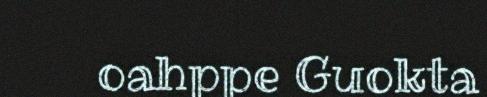
oahppe Guokta